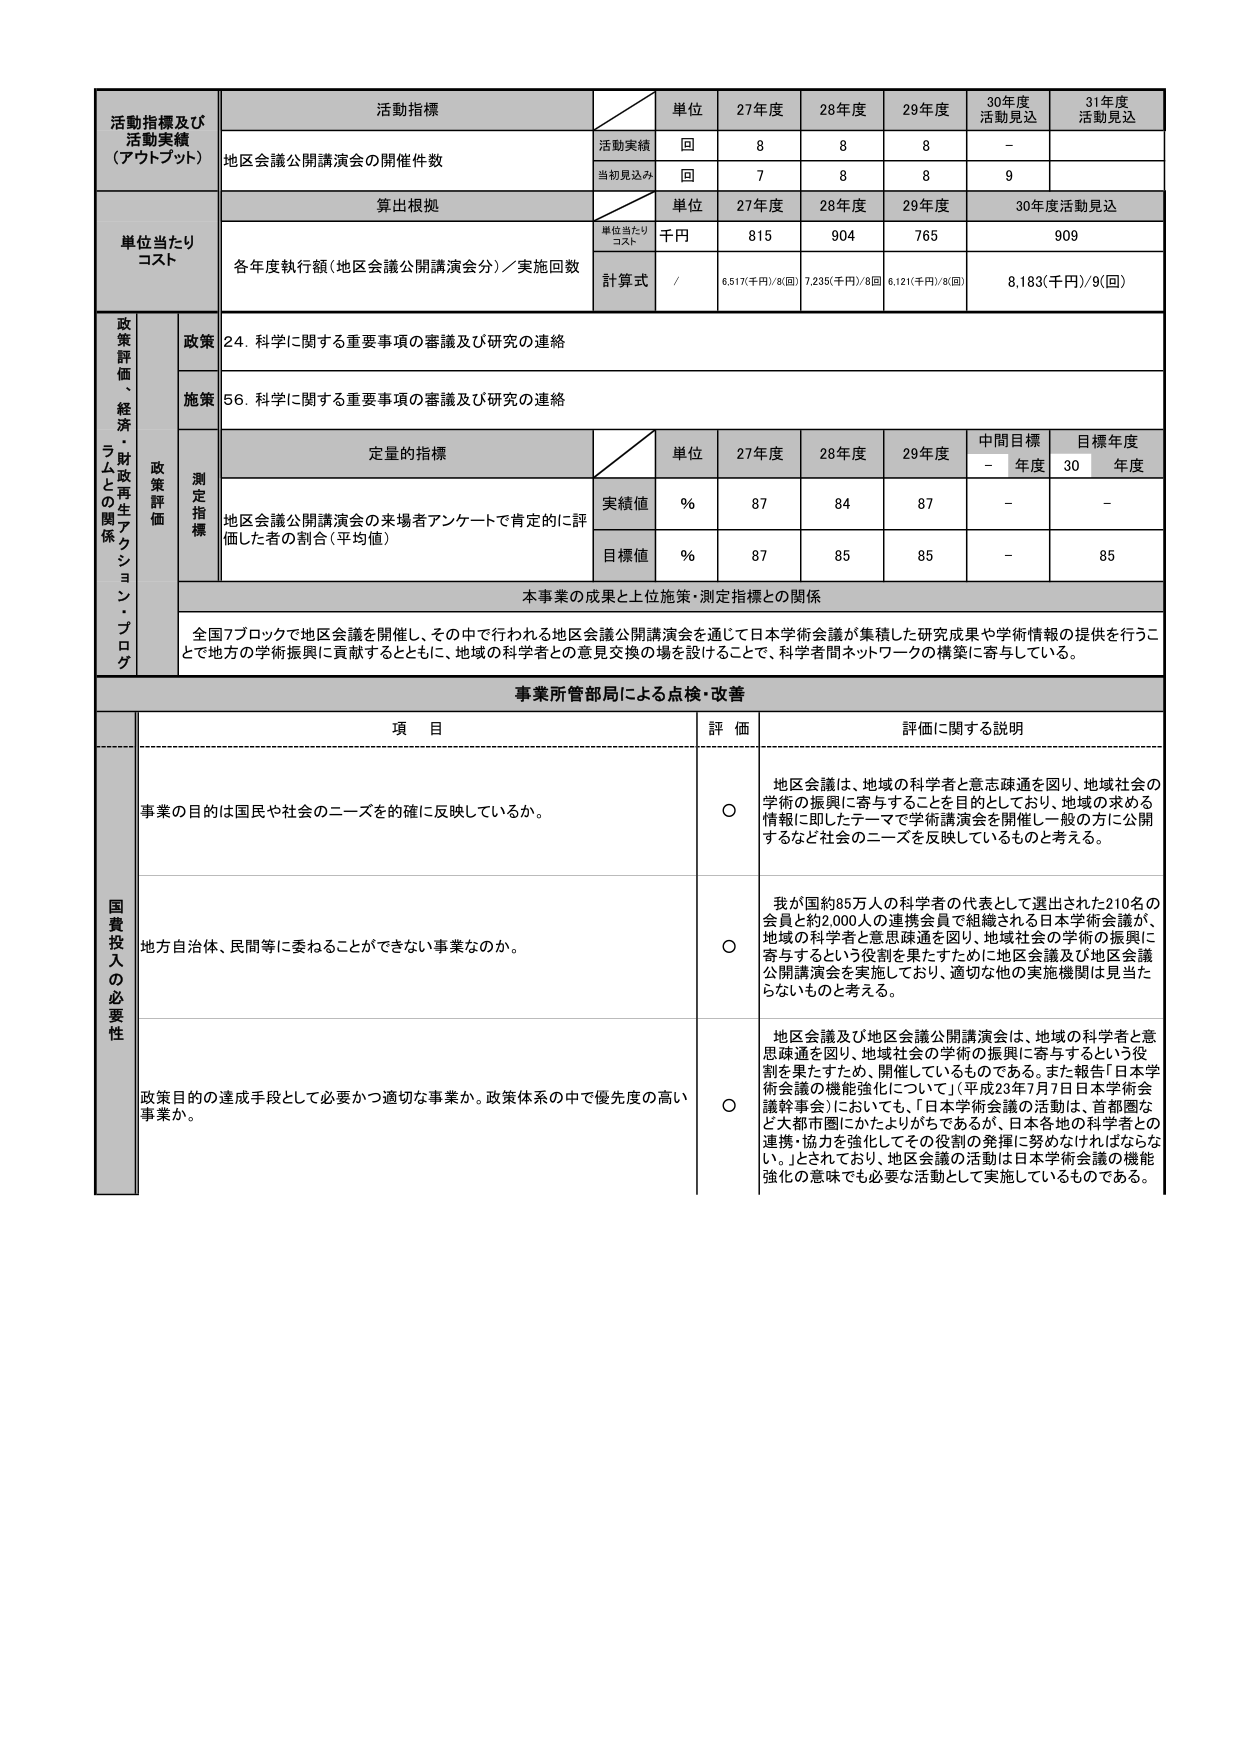
活動指標及び
活動実績
（アウトプット）
活動指標
単位
27年度
28年度
29年度
30年度
活動見込
31年度
活動見込
地区会議公開講演会の開催件数
活動実績
回
8
8
8
-
当初見込み
回
7
8
8
9
単位当たり
コスト
算出根拠
単位
27年度
28年度
29年度
30年度活動見込
各年度執行額（地区会議公開講演会分）／実施回数
単位当たり
コスト
千円
815
904
765
909
計算式
/
6,517(千円)/8(回)
7,235(千円)/8(回)
6,121(千円)/8(回)
8,183(千円)/9(回)
政策評価・経済・財政再生アクション・プログラムとの関係
政策
24. 科学に関する重要事項の審議及び研究の連絡
施策
56. 科学に関する重要事項の審議及び研究の連絡
政策評価
測定指標
定量的指標
単位
27年度
28年度
29年度
中間目標
年度
目標年度
年度
地区会議公開講演会の来場者アンケートで肯定的に評価した者の割合（平均値）
実績値
%
87
84
87
-
-
目標値
%
87
85
85
-
85
本事業の成果と上位施策・測定指標との関係
全国7ブロックで地区会議を開催し、その中で行われる地区会議公開講演会を通じて日本学術会議が集積した研究成果や学術情報の提供を行うことで地方の学術振興に貢献するとともに、地域の科学者との意見交換の場を設けることで、科学者間ネットワークの構築に寄与している。
事業所管部局による点検・改善
項 目
評 価
評価に関する説明
国費投入の必要性
事業の目的は国民や社会のニーズを的確に反映しているか。
○
地区会議は、地域の科学者と意思疎通を図り、地域社会の学術の振興に寄与することを目的としており、地域の求める情報に即したテーマで学術講演会を開催し一般の方に公開するなど社会のニーズを反映しているものと考える。
地方自治体、民間等に委ねることができない事業なのか。
○
我が国約85万人の科学者の代表として選出された210名の会員と約2,000人の連携会員で組織される日本学術会議が、地域の科学者と意思疎通を図り、地域社会の学術の振興に寄与するという役割を果たすために地区会議及び地区会議公開講演会を実施しており、適切な他の実施機関は見当たらないものと考える。
政策目的の達成手段として必要かつ適切な事業か。政策体系の中で優先度の高い事業か。
○
地区会議及び地区会議公開講演会は、地域の科学者と意思疎通を図り、地域社会の学術の振興に寄与するという役割を果たすため、開催しているものである。また報告「日本学術会議の機能強化について」（平成23年7月7日日本学術会議幹事会）においても、「日本学術会議の活動は、首都圏など大都市圏にかたよりがちであるが、日本各地の科学者との連携・協力を強化してその役割の発揮に努めなければならない。」とされており、地区会議の活動は日本学術会議の機能強化の意味でも必要な活動として実施しているものである。